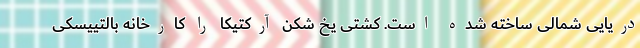
دریایی شمالی ساخته شده است. کشتی یخ شکن آرکتیکا را کارخانه بالتییسکی